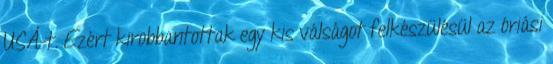
USÁ-t. Ezért kirobbantottak egy kis válságot felkészülésül az óriási